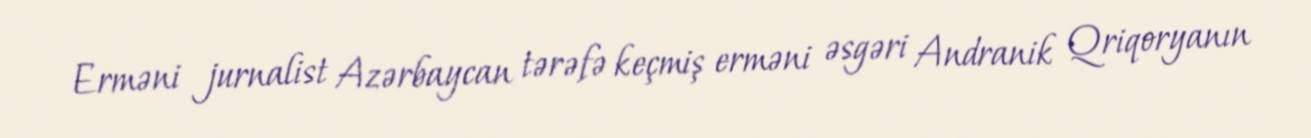
Erməni jurnalist Azərbaycan tərəfə keçmiş erməni əsgəri Andranik Qriqoryanın